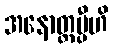
အနောတ္တပ္ပီဟိ